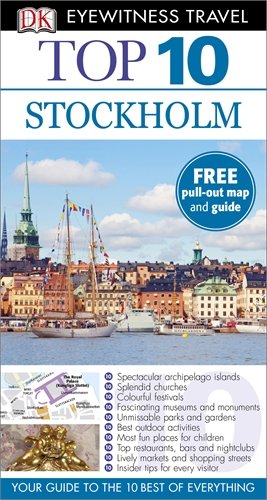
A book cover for DK Eyewitness Top 10 Travel Guide: Stockholm; Penguin Books LTD; Travel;